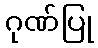
ဂုဏ်ပြု